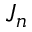
J _ { n }